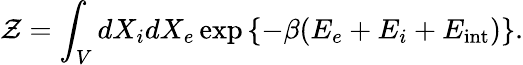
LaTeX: \mathcal{Z}=\int_{V}dX_{i}dX_{e}\exp\left\{ -\beta(E_{e}+E_{i}+E_{\mathrm{int}})\right\} .